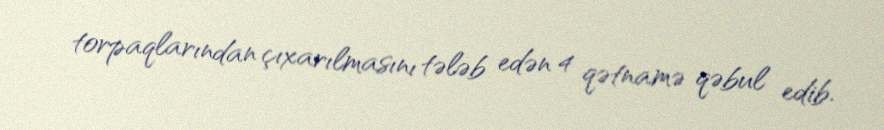
torpaqlarından çıxarılmasını tələb edən 4 qətnamə qəbul edib.